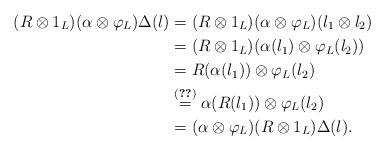
LaTeX: \begin{align*}(R \otimes 1_L)(\alpha \otimes \varphi_L) \Delta(l) &=(R \otimes 1_L)(\alpha \otimes \varphi_L)(l_1 \otimes l_2) \\&=(R \otimes 1_L)(\alpha(l_1) \otimes \varphi_L(l_2)) \\&=R(\alpha(l_1)) \otimes \varphi_L(l_2) \\&\overset{\eqref{eq3.3}}{=} \alpha(R(l_1)) \otimes \varphi_L(l_2) \\&=(\alpha \otimes \varphi_L)(R \otimes 1_L)\Delta(l).\end{align*}